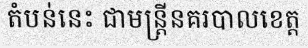
តំបន់នេះ ជាមន្ត្រីនគរបាលខេត្ត